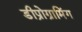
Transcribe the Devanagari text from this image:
डीप्रोग्रामिंग